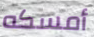
أمسكه